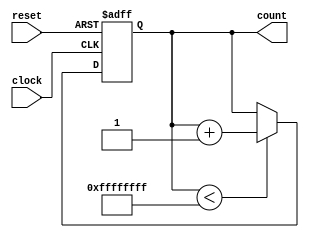
module counter(reset,clock,count); //clock should be signalIn eventually

input reset, clock; //clock to timekeep, reset to reset clock

output [0:31] count; //output will be array count

reg[0:31] count = 0; //32 bit variable initialized to 0

always @(posedge clock or negedge reset) //do when clock is positive or reset is negative 
    begin
      if(!reset) //if reset is low reset the count
         begin
          count = 0;
          end
      else if(count < 32'hFFFFFFFF) //if count is less than max sample size increment
          begin
            count = count + 1; //not sure if this c syntax works
          end
    end

endmodule